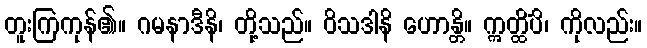
တူးကြကုန်၏။ ဂမနာဒီနိ၊ တို့သည်။ ဝိသဒါနိ ဟောန္တိ။ ဣတ္ထိံပိ၊ ကိုလည်း။